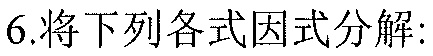
6.将下列各式因式分解: